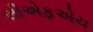
સીએફએચ